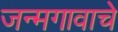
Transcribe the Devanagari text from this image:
जन्मगावाचे